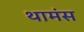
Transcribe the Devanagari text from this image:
थामंस